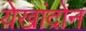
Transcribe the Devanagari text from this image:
येखांदोन